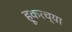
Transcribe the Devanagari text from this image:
हूकरच्या